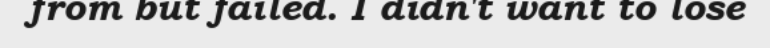
from but failed. I didn't want to lose